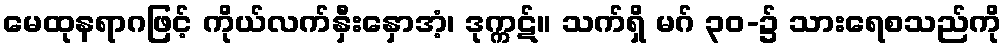
မေထုနရာဂဖြင့် ကိုယ်လက်နှီးနှောအံ့၊ ဒုက္ကဋ်။ သက်ရှိ မဂ် ၃၀-၌ သားရေစသည်ကို